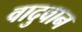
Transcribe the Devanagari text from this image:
वादुवान